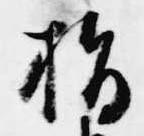
指